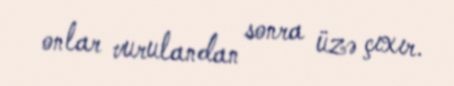
onlar vurulandan sonra üzə çıxır.